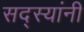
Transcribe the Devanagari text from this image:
सद्स्यांनी